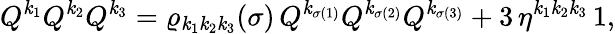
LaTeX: Q^{\mathit{k}_{1}}Q^{\mathit{k}_{2}}Q^{\mathit{k}_{3}}=\varrho_{\mathit{k}_{1}\mathit{k}_{2}\mathit{k}_{3}}(\sigma)\, Q^{\mathit{k}_{\sigma(1)}}Q^{\mathit{k}_{\sigma(2)}}Q^{\mathit{k}_{\sigma(3)}}+3\, {\eta}^{\mathit{k}_{1}\mathit{k}_{2}\mathit{k}_{3}}\, 1,